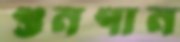
গুনগান